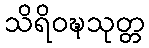
သိရိဝဍ္ဎသုတ္တ